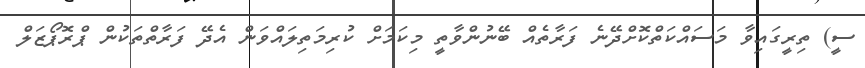
ސީ) ތިރީގައިވާ މަސައްކަތްކޮށްދޭނެ ފަރާތެއް ބޭނުންވާތީ މިކަމަށް ކުރިމަތިލައްވަން އެދޭ ފަރާތްތަކުން ޕްރޮޕޯޒަލް